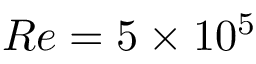
R e = 5 \times 1 0 ^ { 5 }